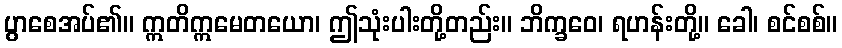
ပွာစေအပ်၏။ ဣတိဣမေတယော၊ ဤသုံးပါးတို့တည်း။ ဘိက္ခဝေ၊ ရဟန်းတို့။ ခေါ၊ စင်စစ်။